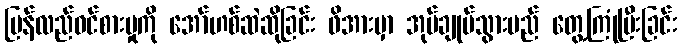
ပြန်လည်ဝင်စားမှုကို အော်ဟစ်ဆဲဆိုခြင်း ဖိအားမှာ အုပ်ချုပ်သွားမည် တွေ့ကြုံပြီးခြင်း